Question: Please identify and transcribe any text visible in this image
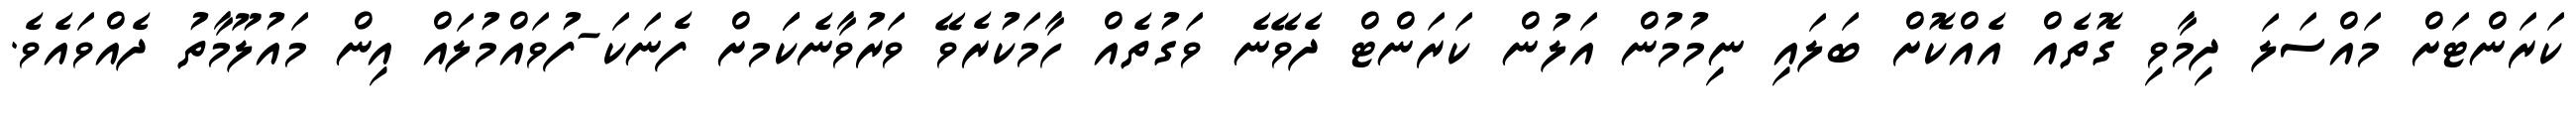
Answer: ކަރަންޓަށް މައްސަލަ ދިމާވި ގޮތެއް އެއްކޮށް ބަލައި ނިމުމުން އަލުން ކަރަންޓް ދެވޭނެ ވަގުތެއް ހާމަކުރެވޭ ވަރުވާނެކަަމށް ފެނަކަ-ފުވައްމުލައް އިން މައުލޫމާތު ދެއްވައެވެ.